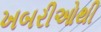
ખબરીઓથી